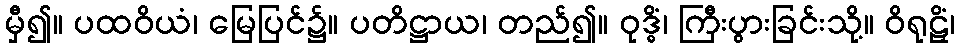
မှီ၍။ ပထဝိယံ၊ မြေပြင်၌။ ပတိဋ္ဌာယ၊ တည်၍။ ဝုဒ္ဓိံ၊ ကြီးပွားခြင်းသို့။ ဝိရုဠှိံ၊